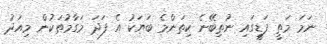
ނަމަ މަތީ ފަޑީގައި ނުތިބޭނެ ކިތަންމެ ބަޔަކު އެ ފަދަ މަގާމުތަކުން މިއަދު